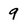
Character: 9